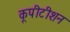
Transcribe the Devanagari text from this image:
कूपीटीशन